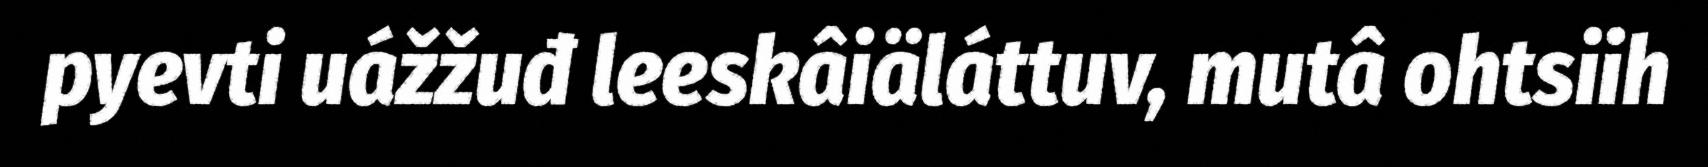
pyevti uážžuđ leeskâiäláttuv, mutâ ohtsiih